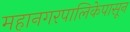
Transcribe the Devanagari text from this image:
महानगरपालिकेपासून